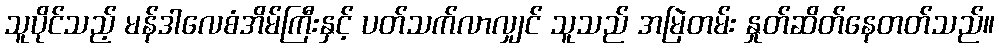
သူပိုင်သည့် မန်ဒါလေစံအိမ်ကြီးနှင့် ပတ်သက်လာလျှင် သူသည် အမြဲတမ်း နှုတ်ဆိတ်နေတတ်သည်။